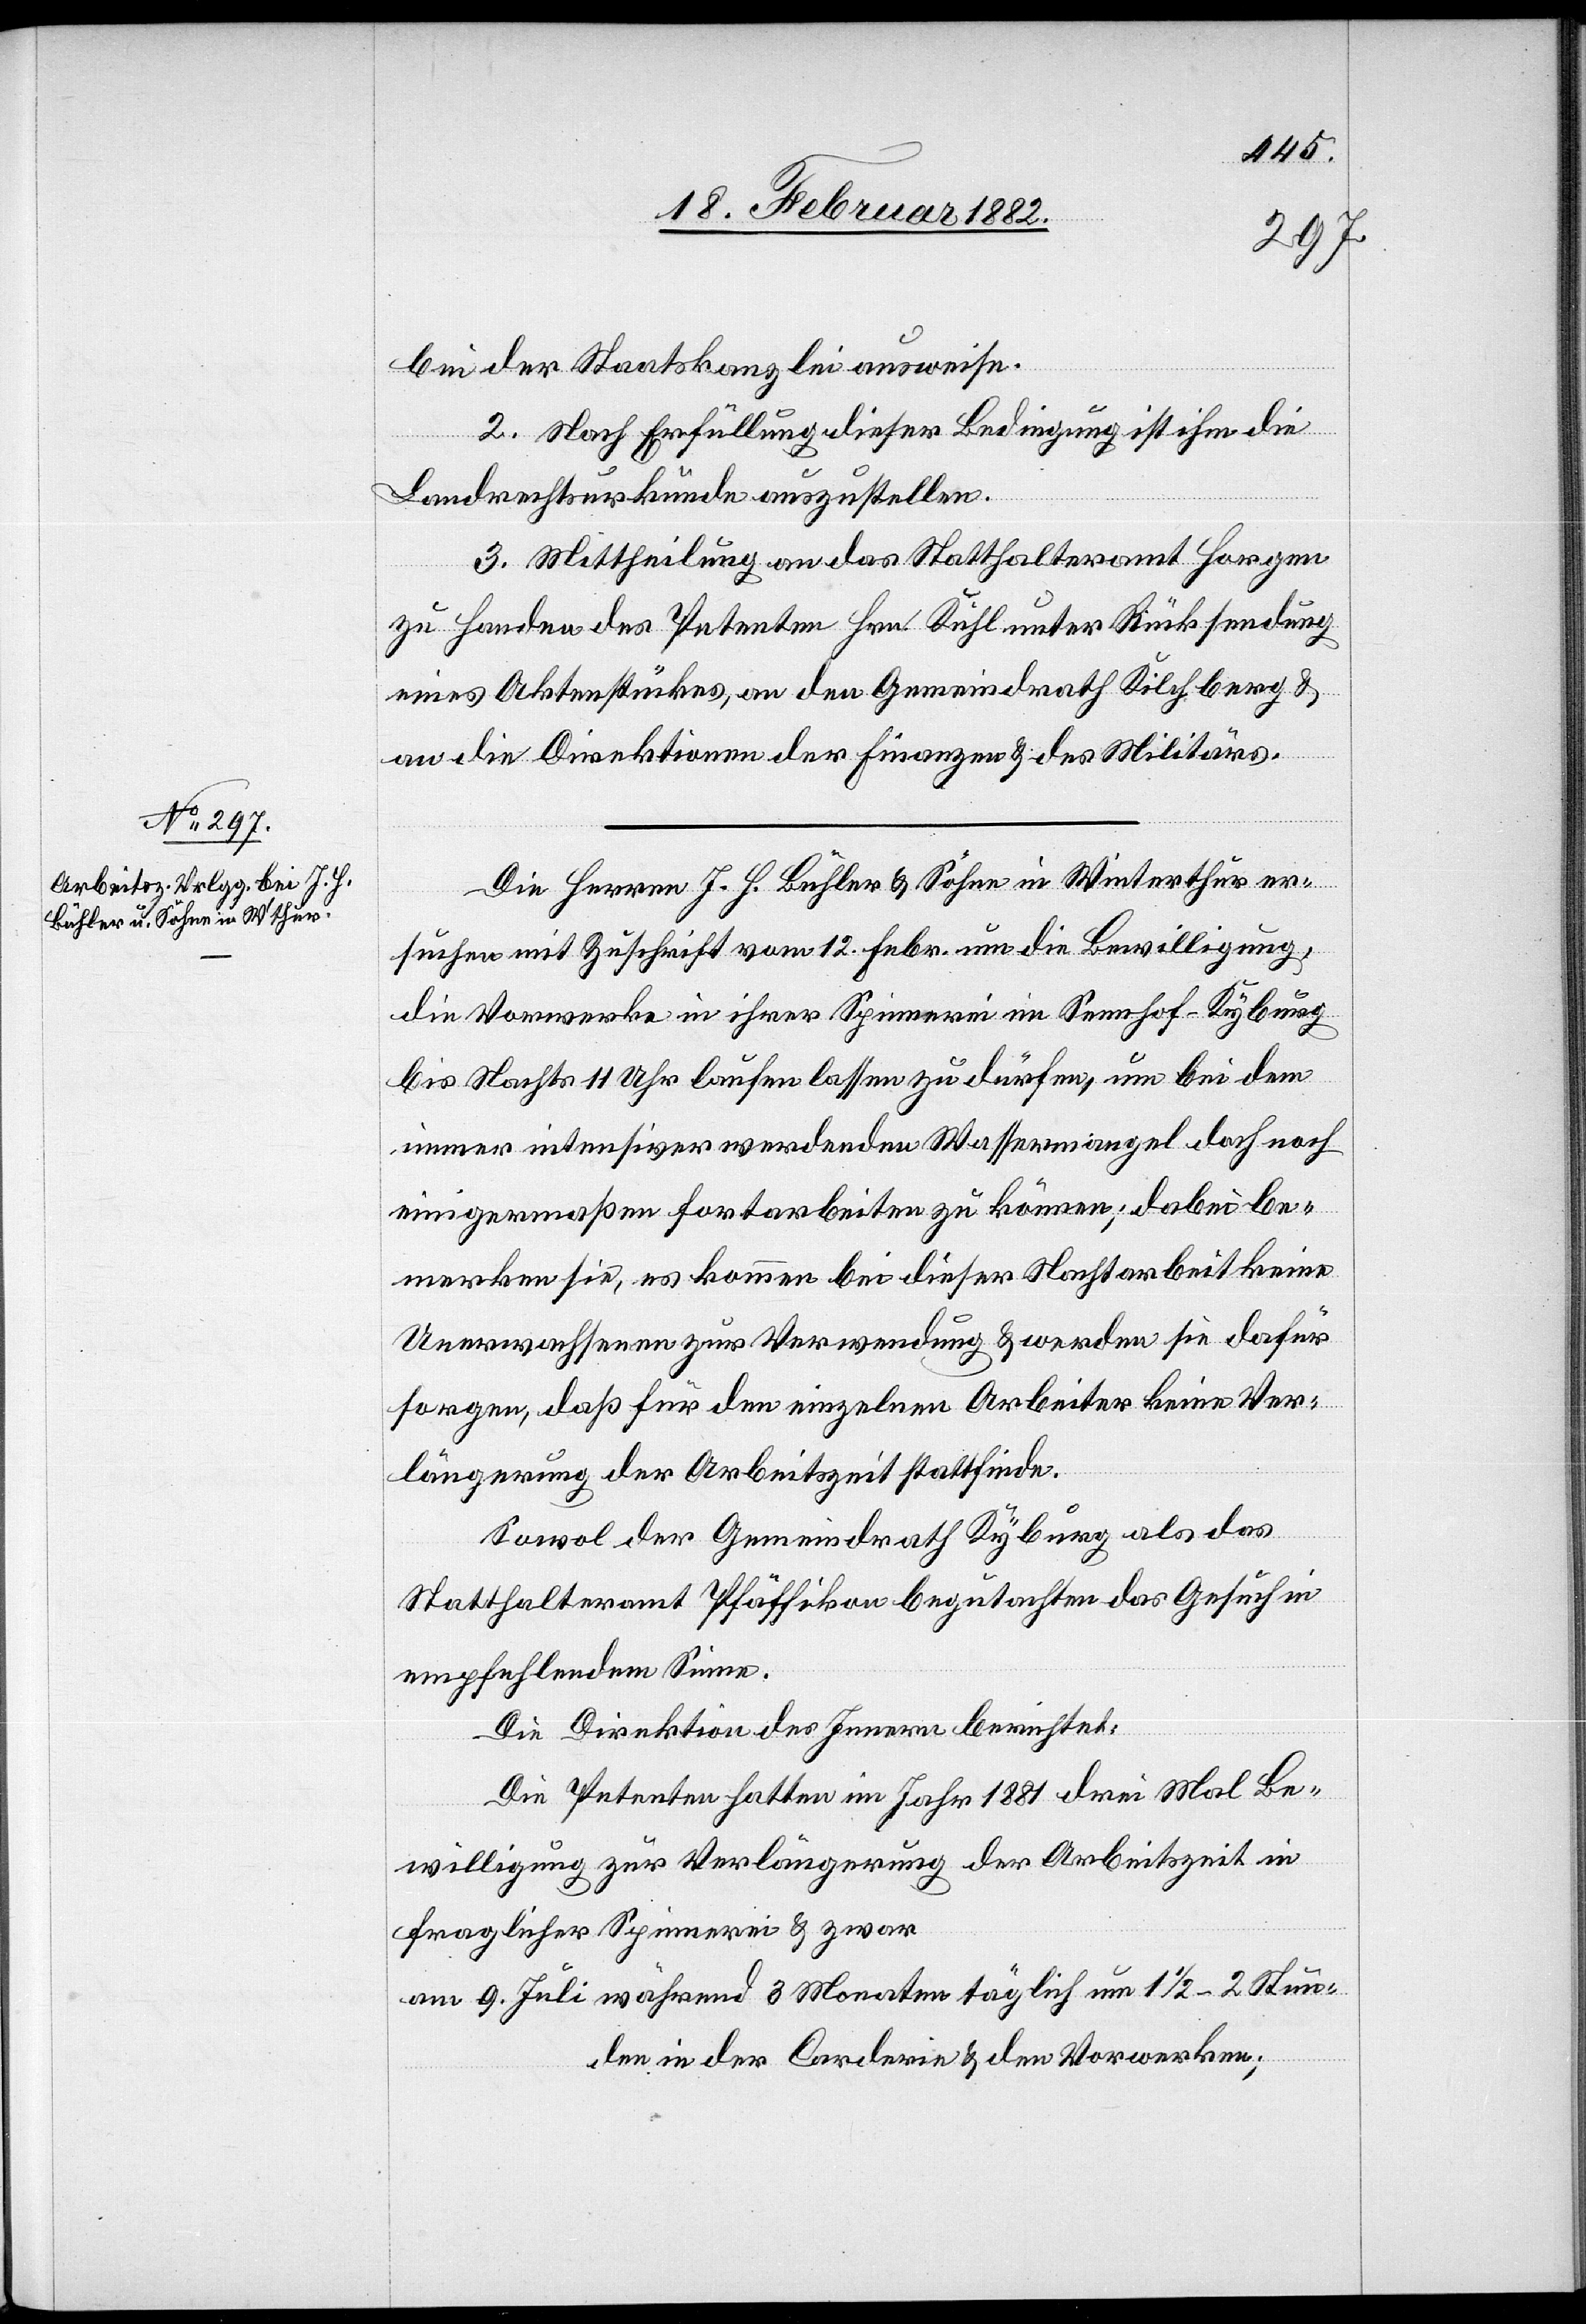
bei der Staatskanzlei ausweise.
2. Nach Erfüllung dieser Bedingung ist ihm die
Landrechtsurkunde auszustellen.
3. Mittheilung an das Statthalteramt Horgen
zu Handen des Petenten Hrn. Kuhl unter Rücksendung
eines Aktenstückes, an den Gemeindrath Kilchberg &
an die Direktion der Finanzen & des Militärs.
Die Herren J. H. Bühler & Sohn in Winterthur er¬
suchen mit Zuschrift vom 12. Febr. um die Bewilligung,
die Vorwerke in ihrer Spinnerei im Sennhof - Kyburg
bis Nachts 11 Uhr laufen lassen zu dürfen, um bei dem
immer intensiver werdenden Wassermangel doch noch
einigermaßen fortarbeiten zu können; dabei be¬
merken sie, es kommen bei dieser Nachtarbeit keine
Unerwachsenen zur Verwendung & werden sie dafür
sorgen, daß für den einzelnen Arbeiter keine Ver¬
längerung der Arbeitszeit stattfinde.
Sowol der Gemeindrath Kyburg als das
Statthalteramt Pfäffikon begutachten das Gesuch in
empfehlendem Sinne.
Die Direktion des Innern berichtet:
Die Petenten hatten im Jahr 1881 drei mal Be¬
willigung zur Verlängerung der Arbeitszeit in
fraglicher Spinnerei & zwar
am 9. Juli während 3 Monaten täglich um 11/2-2 Stun¬
den in der Corderin & den Vorwerken;